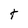
Character: t